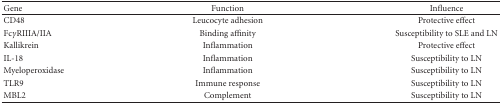
<table><thead><tr><td><b> Gene</b></td><td><b>Function</b></td><td><b>Influence</b></td></tr></thead><tbody><tr><td>CD48</td><td>Leucocyte adhesion</td><td>Protective effect </td></tr><tr><td>Fc<i>γ</i>RIIIA/IIA </td><td>Binding affinity</td><td>Susceptibility to SLE and LN </td></tr><tr><td>Kallikrein</td><td>Inflammation</td><td>Protective effect </td></tr><tr><td>IL-18</td><td>Inflammation</td><td>Susceptibility to LN </td></tr><tr><td>Myeloperoxidase </td><td>Inflammation </td><td>Susceptibility to LN </td></tr><tr><td>TLR9</td><td>Immune response</td><td>Susceptibility to LN</td></tr><tr><td>MBL2</td><td>Complement</td><td>Susceptibility to LN </td></tr></tbody></table>